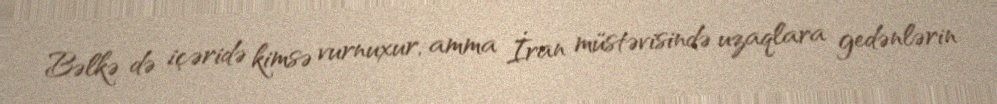
Bəlkə də içəridə kimsə vurnuxur, amma İran müstəvisində uzaqlara gedənlərin